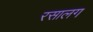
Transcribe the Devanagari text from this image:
रसालग